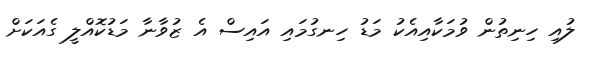
ލުއި ހިނިތުން ވުމަކާއިއެކު މަޑު ހިނގުމައި އައިސް އެ ޒުވާނާ މަޑުކޮއްލީ ގެއަކަށް